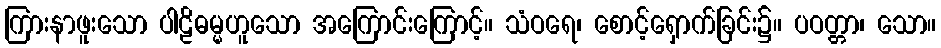
ကြားနာဖူးသော ပါဠိဓမ္မဟူသော အကြောင်းကြောင့်။ သံဝရေ၊ စောင့်ရှောက်ခြင်း၌။ ပဝတ္တာ၊ သော။